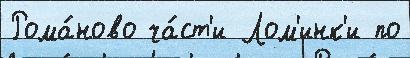
Рома́ново ча́ст'и Лом'инк'и по